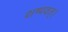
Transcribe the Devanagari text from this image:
शष्पवत्‌।